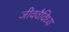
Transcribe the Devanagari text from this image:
जीववैविध्य